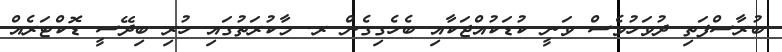
ބުރާސްފަތި ދުވަހުވެސް ވަނީ ކުޑަކުއްޖަކާއި ބެހެގިގެން ރ. މާކުރަތުގައި ހުރި ބިދޭސީ ޑޮކްޓަރެއް